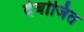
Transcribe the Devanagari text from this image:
देबोजित